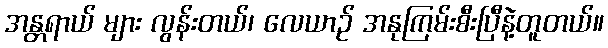
အန္တရာယ် များ လွန်းတယ်၊ လေယာဉ် အနုကြမ်းစီးပြီနဲ့တူတယ်။